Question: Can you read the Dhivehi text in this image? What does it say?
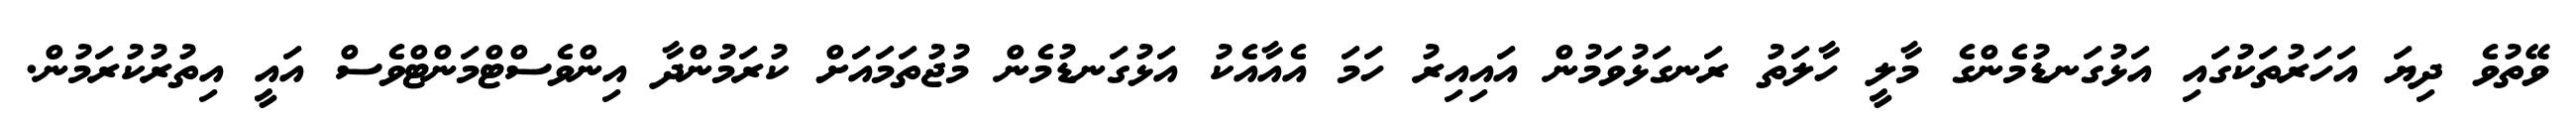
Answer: ވޭތުވެ ދިޔަ އަހަރުތަކުގައި އަޅުގަނޑުމެންގެ މާލީ ހާލަތު ރަނގަޅުވަމުން އައިއިރު ހަމަ އެއާއެކު އަޅުގަނޑުމެން މުޖުތަމައަށް ކުރަމުންދާ އިންވެސްޓްމަންޓްވެސް އައީ އިތުރުކުރަމުން.